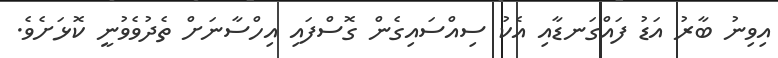
އިވިނު ބާރު އަޑު ފައްގަނޑާއި އެކު ސިއްސައިގެން ގޮސްފައި އިހްސާނަށް ތެދުވެވުނީ ކޮޅަށެވެ.